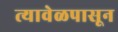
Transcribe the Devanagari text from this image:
त्यावेळपासून